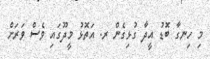
މި ހިނގާ ބޮޑު އީދާ ގުޅިގެން ރ. އަތޮޅު މީދޫގައި ވެސް ވަރަށް